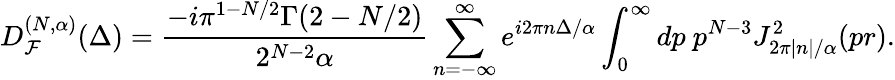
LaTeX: D_{{\cal F}}^{(N,\alpha)}(\Delta)=\frac{-i\pi^{1-N/2}\Gamma(2-N/2)}{2^{N-2}\alpha}\sum_{n=-\infty}^{\infty}e^{i2\pi n\Delta/\alpha}\int_{0}^{\infty}dp\ p^{N-3}J_{2\pi|n|/\alpha}^{2}(pr).